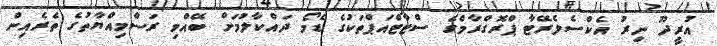
އުރީދޫ ނިރު އެކްސެލެރޭޓާ ޕްރޮގްރާމްގެ ސްޓާޓްއަޕްތަކުގެ ޑެމޯ ދައްކާލުމަށް ބޭއްވި ރަސްމިއްޔާތުގެ ތެރެއިން